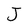
Character: J